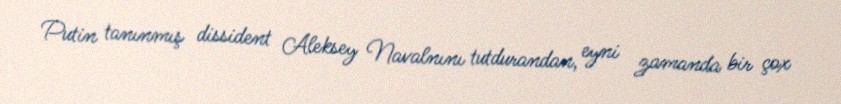
Putin tanınmış dissident Aleksey Navalnını tutdurandan, eyni zamanda bir çox